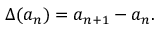
\Delta ( a _ { n } ) = a _ { n + 1 } - a _ { n } .